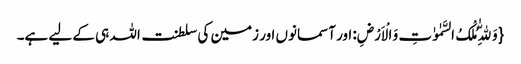
{وَ لِلّٰهِ مُلْکُ السَّمٰوٰتِ وَ الْاَرْضِ: اور آسمانوں اور زمین کی سلطنت اللہ ہی کے لیے ہے۔